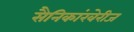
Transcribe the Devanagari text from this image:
सैनिकांखेरीज